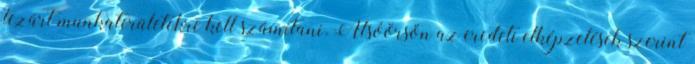
lezárt munkaterületekre kell számítani. Alsóörsön az eredeti elképzelések szerint